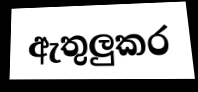
ඇතුලුකර